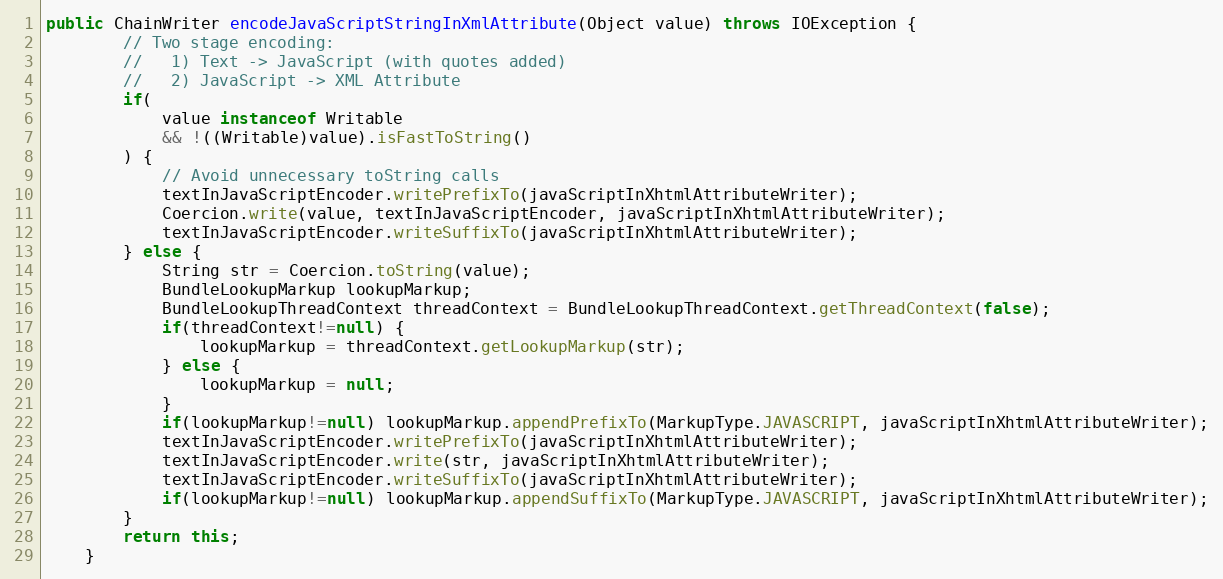
Language: Java
public ChainWriter encodeJavaScriptStringInXmlAttribute(Object value) throws IOException {
		// Two stage encoding:
		//   1) Text -> JavaScript (with quotes added)
		//   2) JavaScript -> XML Attribute
		if(
			value instanceof Writable
			&& !((Writable)value).isFastToString()
		) {
			// Avoid unnecessary toString calls
			textInJavaScriptEncoder.writePrefixTo(javaScriptInXhtmlAttributeWriter);
			Coercion.write(value, textInJavaScriptEncoder, javaScriptInXhtmlAttributeWriter);
			textInJavaScriptEncoder.writeSuffixTo(javaScriptInXhtmlAttributeWriter);
		} else {
			String str = Coercion.toString(value);
			BundleLookupMarkup lookupMarkup;
			BundleLookupThreadContext threadContext = BundleLookupThreadContext.getThreadContext(false);
			if(threadContext!=null) {
				lookupMarkup = threadContext.getLookupMarkup(str);
			} else {
				lookupMarkup = null;
			}
			if(lookupMarkup!=null) lookupMarkup.appendPrefixTo(MarkupType.JAVASCRIPT, javaScriptInXhtmlAttributeWriter);
			textInJavaScriptEncoder.writePrefixTo(javaScriptInXhtmlAttributeWriter);
			textInJavaScriptEncoder.write(str, javaScriptInXhtmlAttributeWriter);
			textInJavaScriptEncoder.writeSuffixTo(javaScriptInXhtmlAttributeWriter);
			if(lookupMarkup!=null) lookupMarkup.appendSuffixTo(MarkupType.JAVASCRIPT, javaScriptInXhtmlAttributeWriter);
		}
		return this;
	}